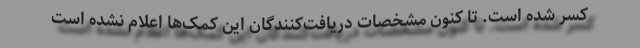
کسر شده است. تا کنون مشخصات دریافت‌کنندگان این کمک‌ها اعلام نشده است